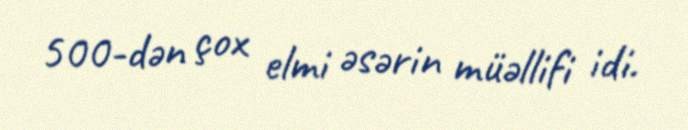
500-dən çox elmi əsərin müəllifi idi.